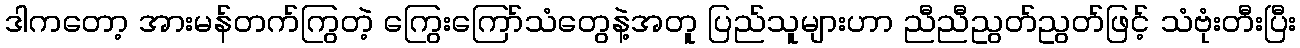
ဒါကတော့ အားမန်တက်ကြွတဲ့ ကြွေးကြော်သံတွေနဲ့အတူ ပြည်သူများဟာ ညီညီညွတ်ညွတ်ဖြင့် သံဗုံးတီးပြီး